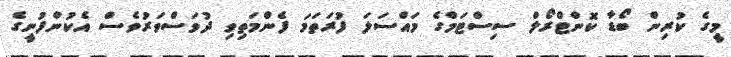
މީގެ ކުރިން ބޯޑާ ކޮންޓްރޯލް ސިސްޓަމްގެ މައްސަލަ ފުރަތަމަ ފެންމަތިިވި ދުވަސްވަރުވެސް އެކުންފުނީގެ